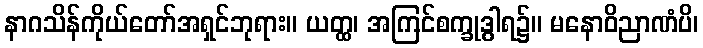
နာဂသိန်ကိုယ်တော်အရှင်ဘုရား။ ယတ္ထ၊ အကြင်စက္ခုဒွါရ၌။ မနောဝိညာဏံပိ၊